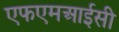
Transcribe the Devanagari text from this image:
एफएमआईसी